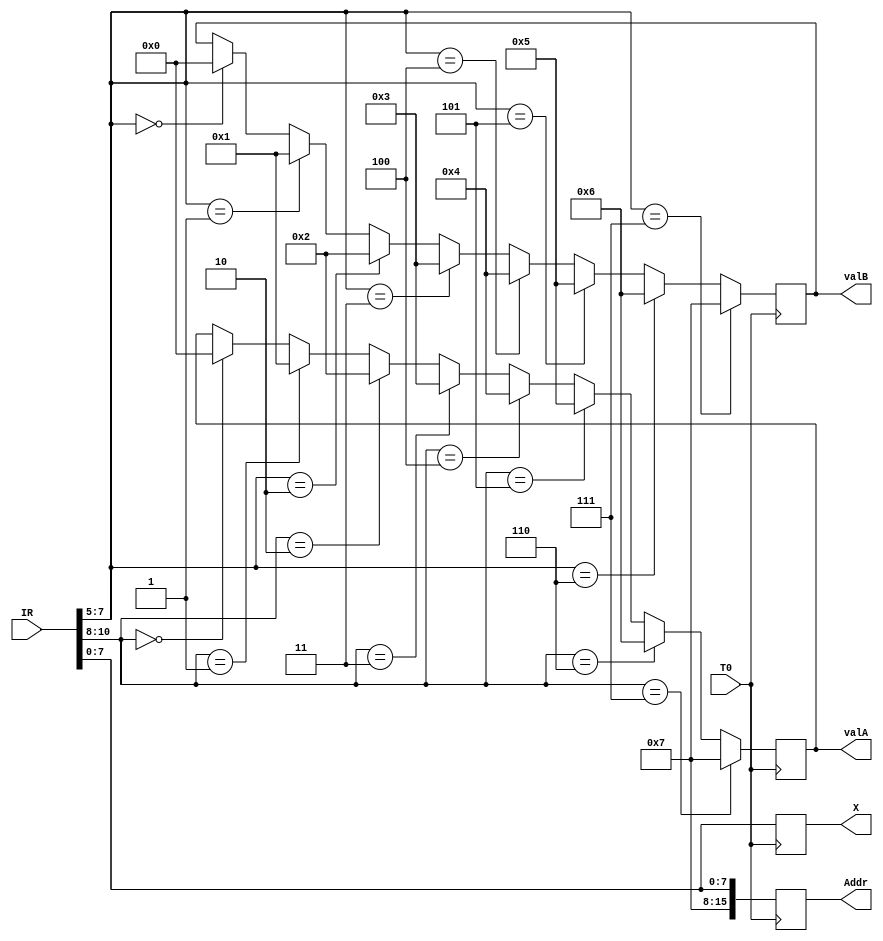
`timescale 1ns / 1ps
//////////////////////////////////////////////////////////////////////////////////
// Company: 
// Engineer: 
// 
// Design Name: 
// Module Name: Decode
// Project Name: 
// Target Devices: 
// Tool Versions: 
// Description: 
// 
// Dependencies: 
// 
// Revision:
// Revision 0.01 - File Created
// Additional Comments:
// 
//////////////////////////////////////////////////////////////////////////////////


module Decode(
    input wire T0,
    input wire [15:0] IR,
    output reg [7:0] valA,
    output reg [7:0] valB,
    output reg [7:0] X,
    output reg [15:0] Addr
    );
    reg [4:0] operator;
    reg [7:0] R0;
    reg [7:0] R1;
    reg [7:0] R2;
    reg [7:0] R3;
    reg [7:0] R4;
    reg [7:0] R5;
    reg [7:0] R6;
    reg [7:0] R7;
    initial
        begin
            R0 = 8'b0000_0000;
            R1 = 8'b0000_0001;
            R2 = 8'b0000_0010;
            R3 = 8'b0000_0011;
            R4 = 8'b0000_0100;
            R5 = 8'b0000_0101;
            R6 = 8'b0000_0110;
            R7 = 8'b0000_0111;
        end
    always @(posedge T0)
        begin
            //valA
            if(IR[10:8] == 3'd0)
            begin
                valA = R0;
            end
            if(IR[10:8] == 3'd1)
            begin
                valA = R1;
            end
            if(IR[10:8] == 3'd2)
            begin
                valA = R2;
            end
            if(IR[10:8] == 3'd3)
            begin
                valA = R3;
            end
            if(IR[10:8] == 3'd4)
            begin
                valA = R4;
            end
            if(IR[10:8] == 3'd5)
            begin
                valA = R5;
            end
            if(IR[10:8] == 3'd6)
            begin
                valA = R6;
            end
            if(IR[10:8] == 3'd7)
            begin
                valA = R7;
            end
            //valB
            if(IR[7:5] == 3'd0)
            begin
                valB = R0;
            end
                    //valB
            if(IR[7:5] == 3'd1)
            begin
                valB = R1;
            end        //valB
            if(IR[7:5] == 3'd2)
            begin
                valB = R2;
            end        //valB
            if(IR[7:5] == 3'd3)
            begin
                valB = R3;
            end        //valB
            if(IR[7:5] == 3'd4)
            begin
                valB = R4;
            end        //valB
            if(IR[7:5] == 3'd5)
            begin
                valB = R5;
            end        //valB
            if(IR[7:5] == 3'd6)
            begin
                valB = R6;
            end        //valB
            if(IR[7:5] == 3'd7)
            begin
                valB = R7;
            end
            X     = IR[7:0];
            Addr[15:0] = {R7,X};//
        end

endmodule